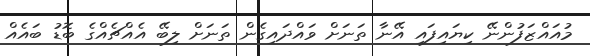
މުއައްޒަފުންނޭ ކިޔައިފައި އޭނާ ތަނަށް ވައްދައިގެން ތަނަށް ލިބޭ އެއްޗެއްގެ ބޮޑު ބައެއް